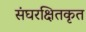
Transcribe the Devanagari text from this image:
संघरक्षितकृत